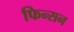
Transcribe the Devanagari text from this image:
फिन्सन